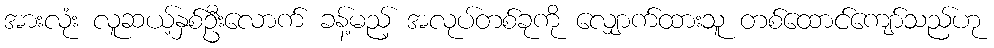
အားလုံး လူဆယ့်နှစ်ဦးလောက် ခန့်မည့် အလုပ်တစ်ခုကို လျှောက်ထားသူ တစ်ထောင်ကျော်သည်ဟု